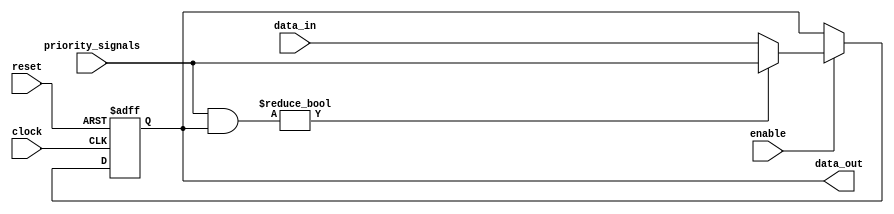
module priority_bypass_reg (
    input wire clock,
    input wire reset,
    input wire enable,
    input wire [7:0] priority_signals,
    input wire [7:0] data_in,
    output reg [7:0] data_out
);

reg [7:0] internal_data;

always @(posedge clock or posedge reset) begin
    if (reset) begin
        internal_data <= 8'b0;
    end else if (enable) begin
        if (priority_signals & internal_data) begin
            internal_data <= priority_signals;
        end else begin
            internal_data <= data_in;
        end
    end
end

assign data_out = internal_data;

endmodule